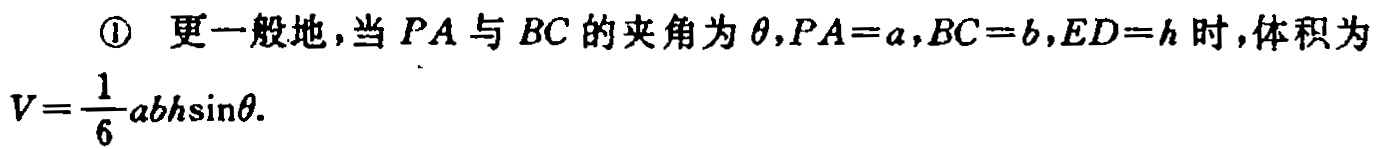
\textcircled{1} 更一般地，当 \(PA\) 与 \(BC\) 的夹角为 \(\theta,PA = a,BC = b,ED = h\) 时，体积为

\(V=\frac{1}{6}abh\sin\theta\)